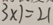
3 \times 7 = 2 1